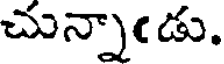
చున్నాఁడు.